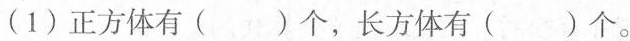
(1)正方体有()个，长方体有()个。